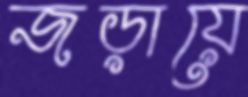
জড়ায়ে